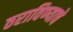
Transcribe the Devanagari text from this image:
ठराविण्याचे